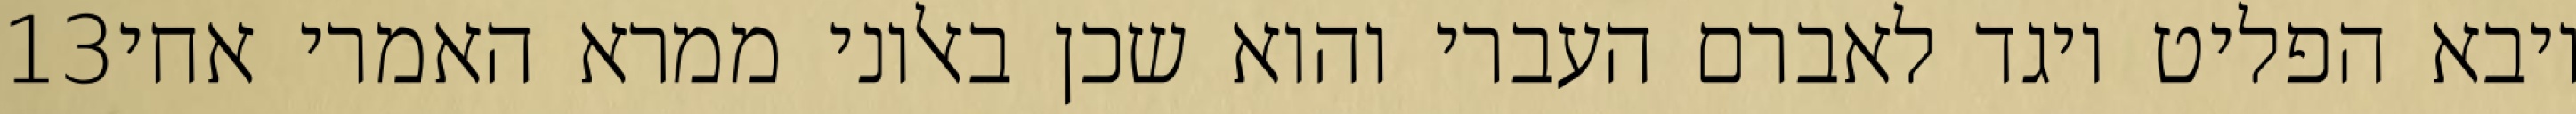
‎13‏ ויבא הפליט ויגד לאברם העברי והוא שכן באלוני ממרא האמרי אחי